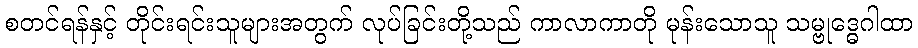
စတင်ရန်နှင့် တိုင်းရင်းသူများအတွက် လုပ်ခြင်းတို့သည် ကာလာကာတို မုန်းသောသူ သမ္ဗုဒ္ဓေဂါထာ